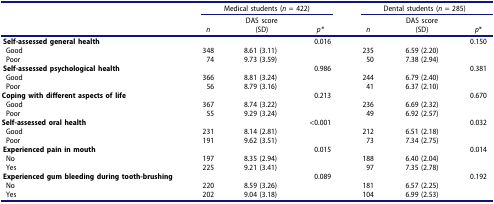
|  | <COLSPAN=3> Medical students (n = 422) | <COLSPAN=3> Dental students (n = 285) |
 |  | n | DAS score(SD) | p* | n | DAS score(SD) | p* |
 | --- | --- | --- | --- | --- | --- | --- |
 | Self-assessed general health |  |  | 0.016 |  |  | 0.150 |
 | Good | 348 | 8.61 (3.11) |  | 235 | 6.59 (2.20) |  |
 | Poor | 74 | 9.73 (3.59) |  | 50 | 7.38 (2.94) |  |
 | Self-assessed psychological health |  |  | 0.986 |  |  | 0.381 |
 | Good | 366 | 8.81 (3.24) |  | 244 | 6.79 (2.40) |  |
 | Poor | 56 | 8.79 (3.16) |  | 41 | 6.37 (2.10) |  |
 | <COLSPAN=2> Coping with different aspects of life |  | 0.213 |  |  | 0.670 |
 | Good | 367 | 8.74 (3.22) |  | 236 | 6.69 (2.32) |  |
 | Poor | 55 | 9.29 (3.24) |  | 49 | 6.92 (2.57) |  |
 | <COLSPAN=2> Self-assessed oral health |  | <0.001 |  |  | 0.032 |
 | Good | 231 | 8.14 (2.81) |  | 212 | 6.51 (2.18) |  |
 | Poor | 191 | 9.62 (3.51) |  | 73 | 7.34 (2.75) |  |
 | Experienced pain in mouth |  |  | 0.015 |  |  | 0.014 |
 | No | 197 | 8.35 (2.94) |  | 188 | 6.40 (2.04) |  |
 | Yes | 225 | 9.21 (3.41) |  | 97 | 7.35 (2.78) |  |
 | Experienced gum bleeding during tooth-brushing |  |  | 0.089 |  |  | 0.192 |
 | No | 220 | 8.59 (3.26) |  | 181 | 6.57 (2.25) |  |
 | Yes | 202 | 9.04 (3.18) |  | 104 | 6.99 (2.53) |  |